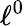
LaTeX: \ell^{0}